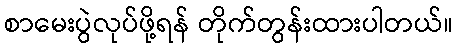
စာမေးပွဲလုပ်ဖို့ရန် တိုက်တွန်းထားပါတယ်။